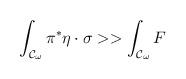
LaTeX: \begin{align*}\int_{{\cal{C}}_{\omega}}{\pi^{*}\eta\cdot\sigma} >> \int_{{\cal{C}}_{\omega}}{F}\end{align*}